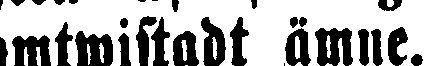
omtwistadt ämne.